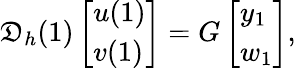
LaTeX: \mathfrak{D}_{h}(1)\left[\begin{array}{l}{u(1)}\\ {v(1)}\end{array}\right]=G\left[\begin{array}{l}{y_{1}}\\ {w_{1}}\end{array}\right],